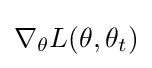
\nabla _{\theta }L(\theta ,\theta _{t})